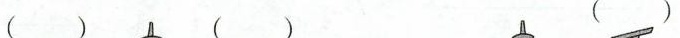
() () ()